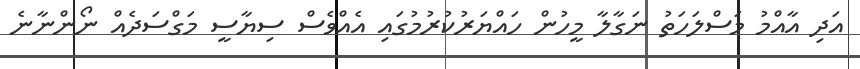
އަދި އާއްމު މަސްލަހަތު ނަގާލާ މީހުން ހައްޔަރުކުރުމުގައި އެއްވެސް ސިޔާސީ މަގްސަދެއް ނޯންނާނެ